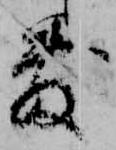
敷